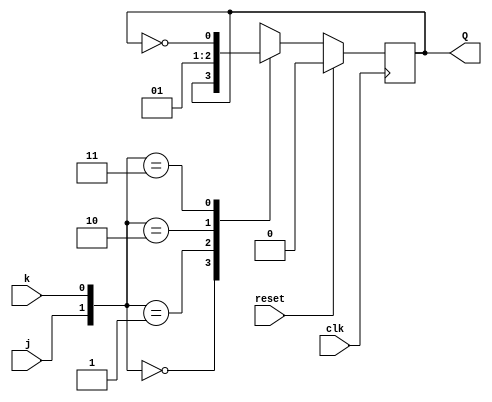
`timescale 1ns / 1ps

module JK_flipflop(
    input j,k,clk,reset,
    output reg Q
    );
    always@(posedge clk)
          begin
            if({reset})
            Q <= 1'b0;
            else
                begin
                case({j,k})
                2'b00:Q<=Q;
                2'b01:Q<=1'b0;
                2'b10:Q<=1'b1;
                2'b11:Q<=~Q;
                endcase
                end          
         end
endmodule